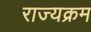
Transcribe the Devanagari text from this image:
राज्यक्रम